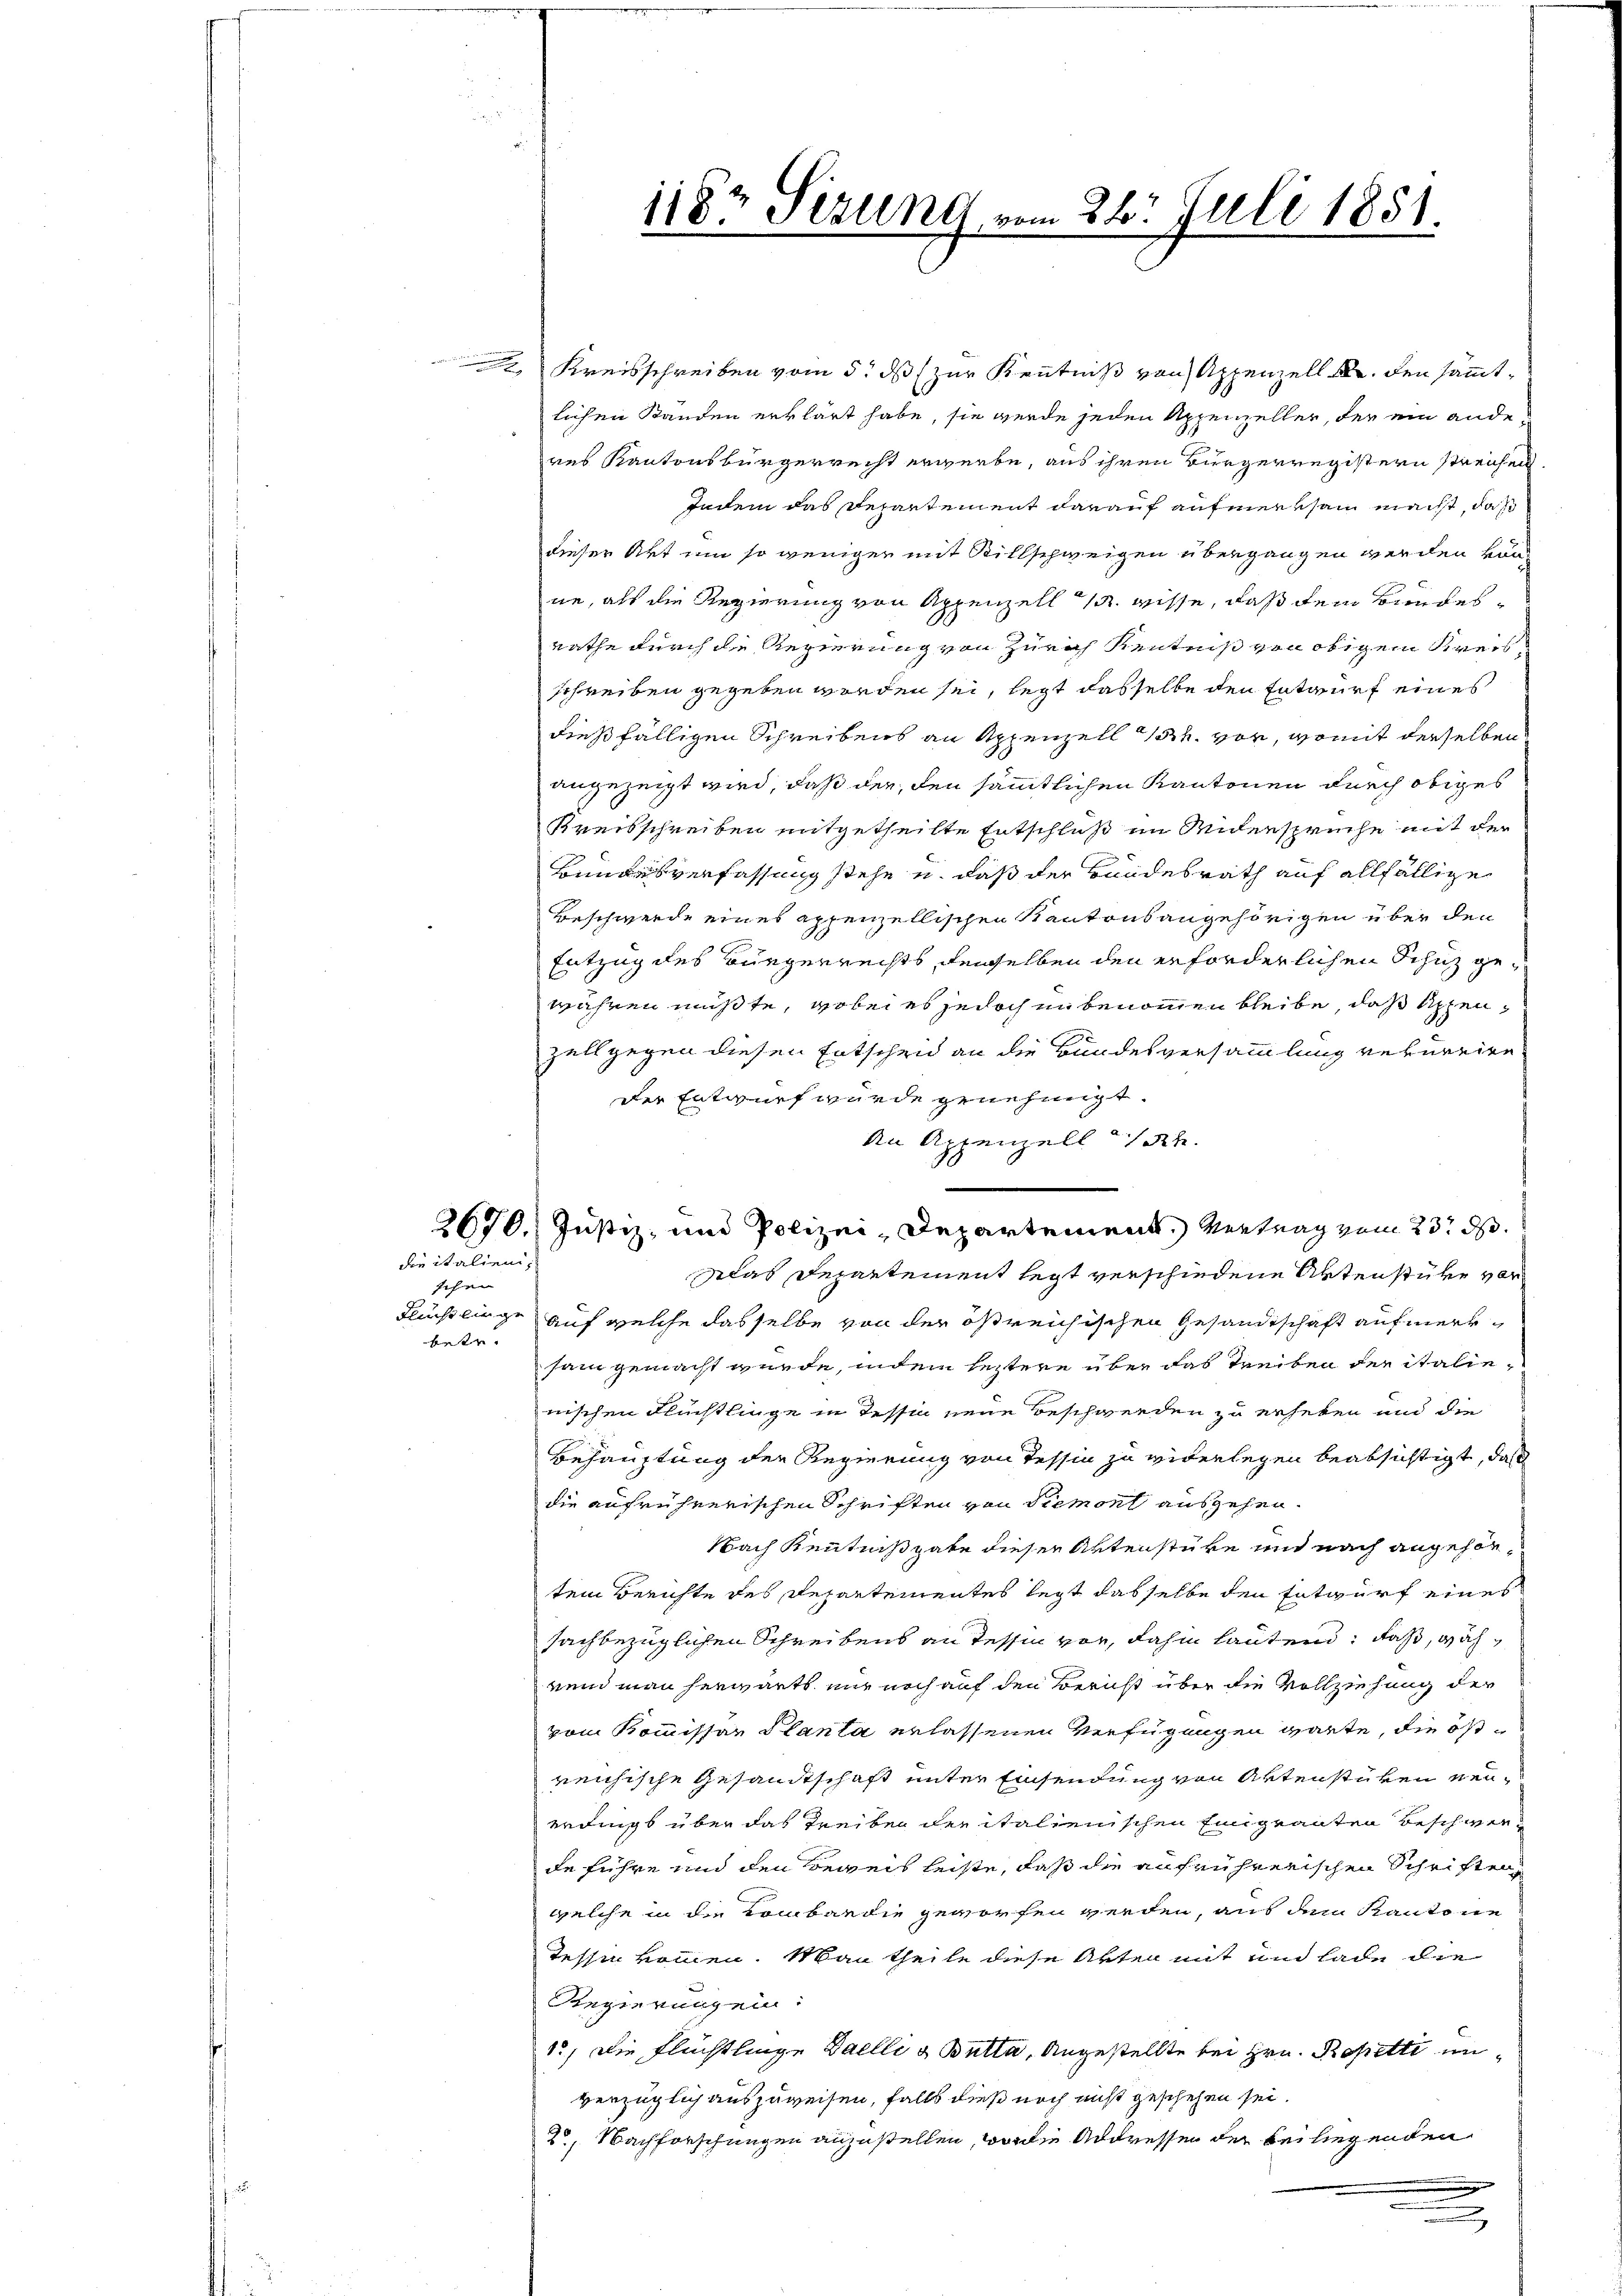
die italienischen |
betr.

Kreisschreiben vom 5. ds zur Kenntniß von Appenzell A. den sämmtlichen Standen erklärt habe, sie werde jeden Appenzeller, der ein anderes Kantonsbürgerrecht erwerbe, aus ihren Bürgerregistern streichen
Indem das Departement darauf aufmerksam macht, daß
dieser Art um so weniger mit Rillschweigen übergangen werden kön
ne, als die Regierung von Appenzell 15 wisse, daß dem Bundes¬
Rathe durch die Regierung von Zürich Kenntniß von obigem Kreisschreiben gegeben worden sei, legt dasselbe den Entwurf eines
dießfälligen Schreibens an Appenzell 32. vor, womit derselben
angezeigt wird, daß der, den sämmtlichen Kantonen durch obiges
Kreisschreiben mitgetheilte Entschluß im Andersprüche mit der
Bundesverfassung stehe u. daß der Bundesrath auf allfällige
Beschwerde eines appenzellischen Kantonsangehörigen über den
Entzug des Bürgerrechts, denselben den erforderlichen Schutz gewähren müßte, wobei es jedoch in benommen bleibe, daß Appenzell gegen diesen Entscheid an die Bundesversammlung rekurrire
der Entwurf wurde genehmigt.
An Appenzell sah.
2670. Justiz- und Polizei-Departement. Vertrag vom 23. d.
klas Departement legt verschiedene Aktenstüre vor
Flüchtlinge auf welche dasselbe von der östreichischen Gesandtschaft aufmerksam gemacht wurde, indem leztere über das Treiben der italienischen Flüchtlinge in Tessin neue Beschwerden zu erheben und die
Behauptung der Regierung von Tessin zu widerlegen beabsichtigt, daß
die aufrührerischen Schriften von Piemont ausgehen.
Nach Kenntnißgabe dieser Artenstüre und nach angehen,
tem Berichte des Departementes legt dasselbe den Entwurf eines
sachbezüglichen Schreibens an Tessin vor, dahin lautend: daß, während man herwärts nur noch auf den Bericht über die Vollziehung der
vom Kommissar Planta erlassenen Verfügungen garte, die öfreichische Gesandtschaft unter Einsendung von Artenstüken neuerdingt über das Treiben der italienischen Eingranten Beschwerde führe und den Beweis leiste, daß die aufrührerischen Schriften
welche in die Lombardie geworfen werden, aus dem Kantone
Tessin kommen. Man theile diese Arten mit und lade die
Regierungen:
1.) Die Flüchtlinge Daelli & Butta, Angestellte bei Hrn. Rosette unverzüglich auszuweisen, falls dieß noch nicht geschehen sei.
20, Nachforschungen anzustellen, wo die Addressen der beiliegenden
irung
.

1182 Sezung vom 26. Juli 1851.